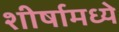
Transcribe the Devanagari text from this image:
शीर्षामध्ये